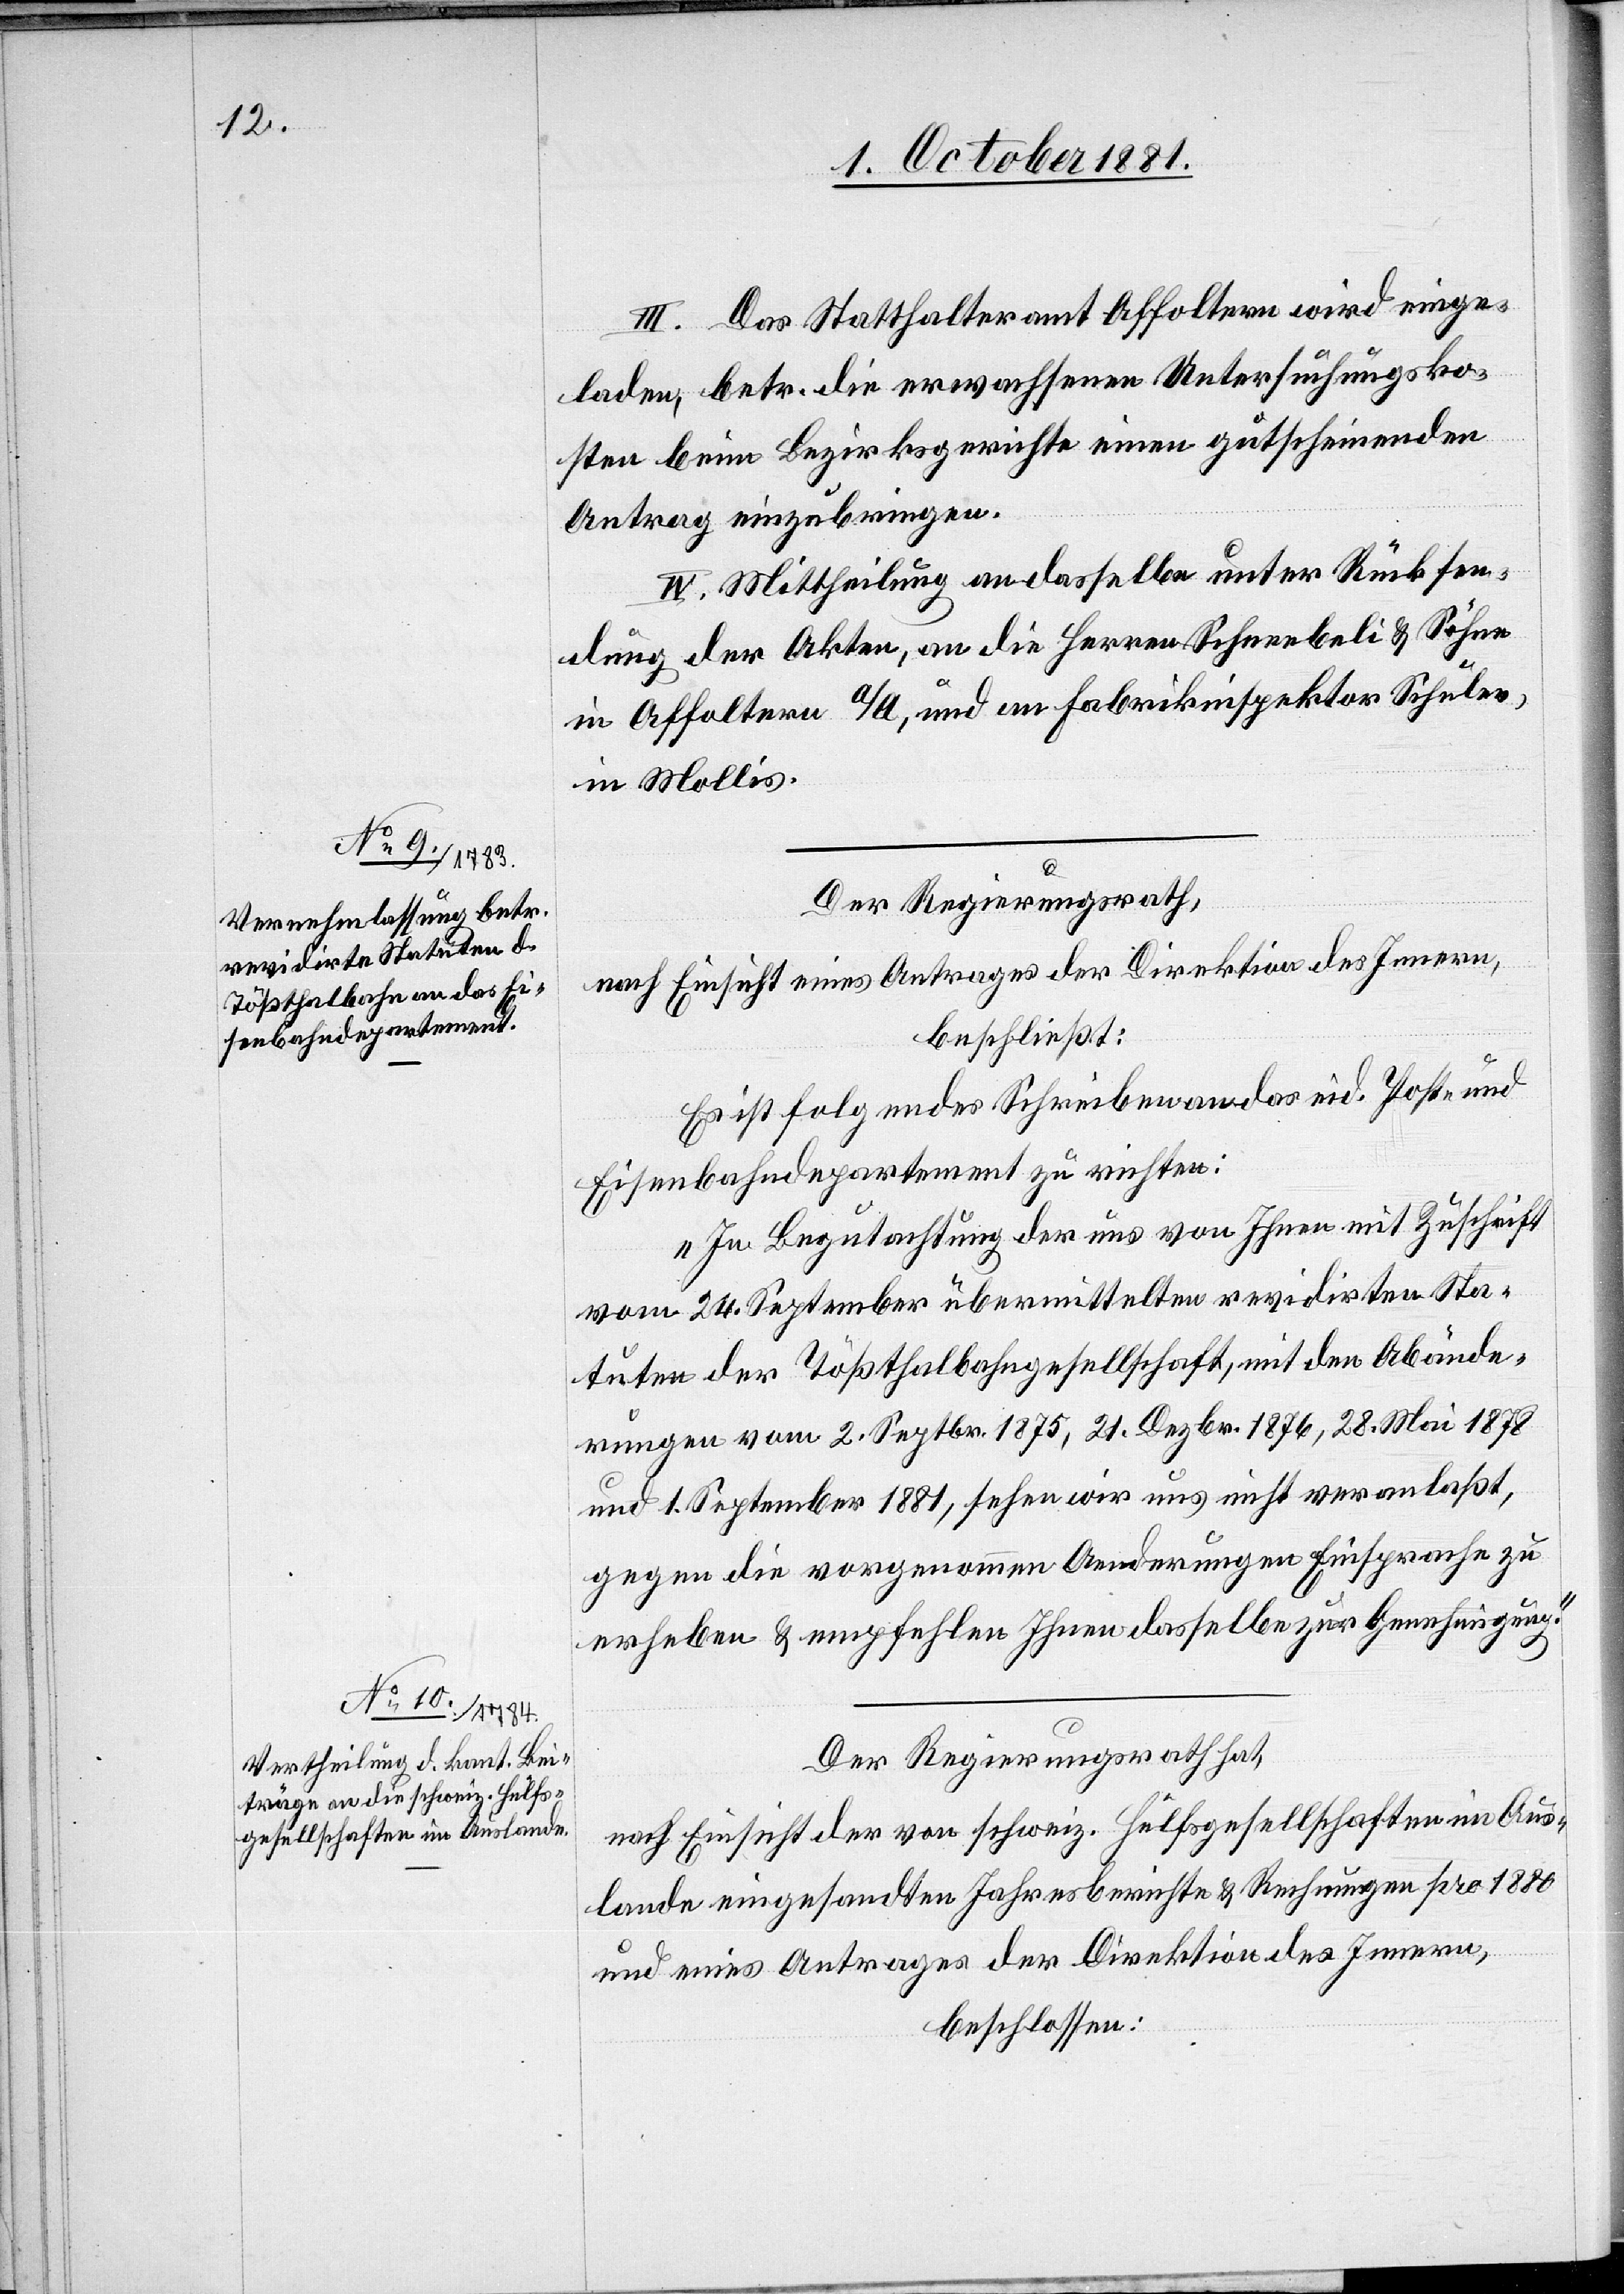
III. Das Statthalteramt Affoltern wird einge¬
laden, betr. die erwachsenen Untersuchungsko¬
sten beim Bezirksgerichte einen gutscheinenden
Antrag einzubringen.
IV. Mittheilung an dasselbe unter Rücksen¬
dung der Akten, an die Herren Schneebeli & Söhne
in Affoltern a/A, und an Fabrikinspektor Schuler,
in Mollis.
Der Regierungsrath,
nach Einsicht eines Antrages der Direktion des Innern,
beschließt:
Es ist folgendes Schreiben an das eid. Post- und
Eisenbahndepartement zu richten:
„In Begutachtung der uns von Ihnen mit Zuschrift
vom 24. September übermittelten revidirten Sta¬
tuten der Tößthalbahngesellschaft, mit den Abände¬
rungen vom 2. Septbr. 1875, 21. Dezbr. 1876, 28. Mai 1878
und 1. September 1881, sehen wir uns nicht veranlaßt,
gegen die vorgenommen[en] Aenderungen Einsprache zu
erheben & empfehlen Ihnen dasselbe zur Genehmigung.“
Der Regierungsrath hat,
nach Einsicht der von schweiz. Hülfsgesellschaften im Aus¬
lande eingesandten Jahresberichte & Rechnungen pro 1880
und eines Antrages der Direktion des Innern,
beschlossen: